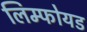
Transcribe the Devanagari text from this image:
लिम्फोयड